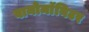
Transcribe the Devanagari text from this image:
बायोमाॅनिटर